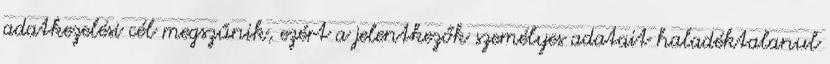
adatkezelési cél megszűnik, ezért a jelentkezők személyes adatait haladéktalanul